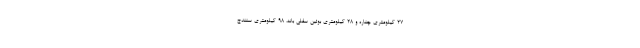
۲۷ کیلومتری چناره و ۲۸ کیلومتری بوئین سفلی بانه، ۹۸ کیلومتری سنندج